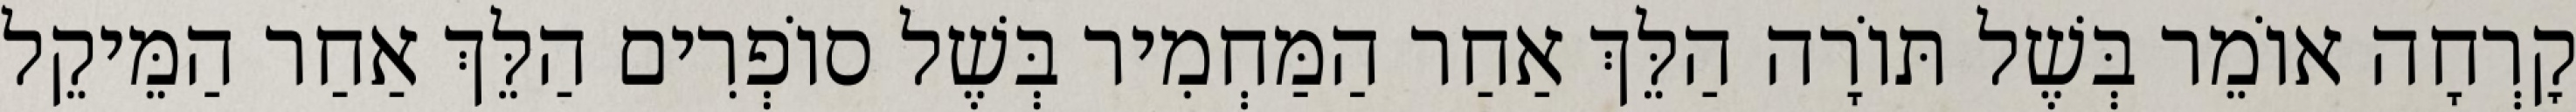
קׇרְחָה אוֹמֵר בְּשֶׁל תּוֹרָה הַלֵּךְ אַחַר הַמַּחְמִיר בְּשֶׁל סוֹפְרִים הַלֵּךְ אַחַר הַמֵּיקֵל